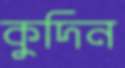
কুদিন